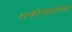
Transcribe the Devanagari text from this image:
शक्तीपीठापैकी